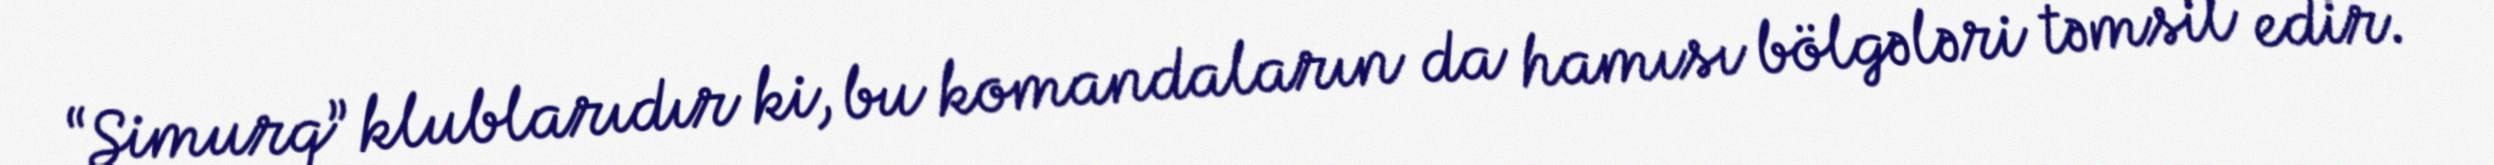
“Simurq” klublarıdır ki, bu komandaların da hamısı bölgələri təmsil edir.